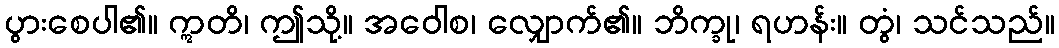
ပွားစေပါ၏။ ဣတိ၊ ဤသို့။ အဝေါစ၊ လျှောက်၏။ ဘိက္ခု၊ ရဟန်း။ တွံ၊ သင်သည်။